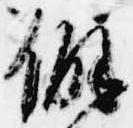
僻